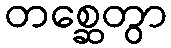
တစ္ဆေတွာ